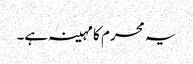
یہ محرم کا مہینہ ہے۔